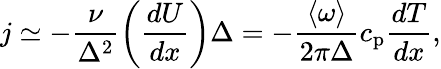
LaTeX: j\simeq-\frac{\nu}{\Delta^{2}}\left(\frac{dU}{dx}\right)\Delta=-\frac{\langle\omega\rangle}{2\pi\Delta}c_{\mathrm{p}}\frac{dT}{dx},